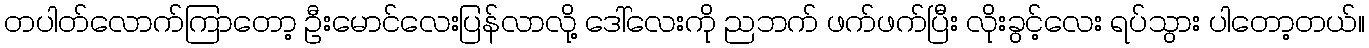
တပါတ်လောက်ကြာတော့ ဦးမောင်လေးပြန်လာလို့ ဒေါ်လေးကို ညဘက် ဖက်ဖက်ပြီး လိုးခွင့်လေး ရပ်သွား ပါတော့တယ်။